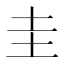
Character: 圭